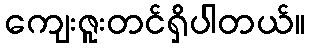
ကျေးဇူးတင်ရှိပါတယ်။